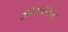
ઝાઝરમાન